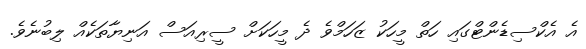
އެ އެކްސިޑެންޓްގައި ހަތް މީހަކު ޒަހަމްވެ ދެ މީހަކަށް ސީރިއަސް އަނިޔާތަކެއް ލިބުނެވެ.